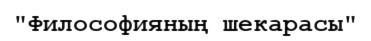
"Философияның шекарасы"